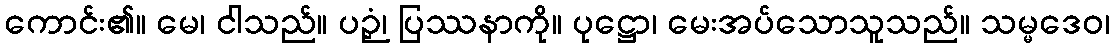
ကောင်း၏။ မေ၊ ငါသည်။ ပဉှံ၊ ပြဿနာကို။ ပုဋ္ဌော၊ မေးအပ်သောသူသည်။ သမ္မဒေဝ၊